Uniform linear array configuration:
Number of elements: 48
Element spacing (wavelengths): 1
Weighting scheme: kaiser
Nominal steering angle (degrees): -15
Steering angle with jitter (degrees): -14.411
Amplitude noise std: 0.05
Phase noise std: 0.05

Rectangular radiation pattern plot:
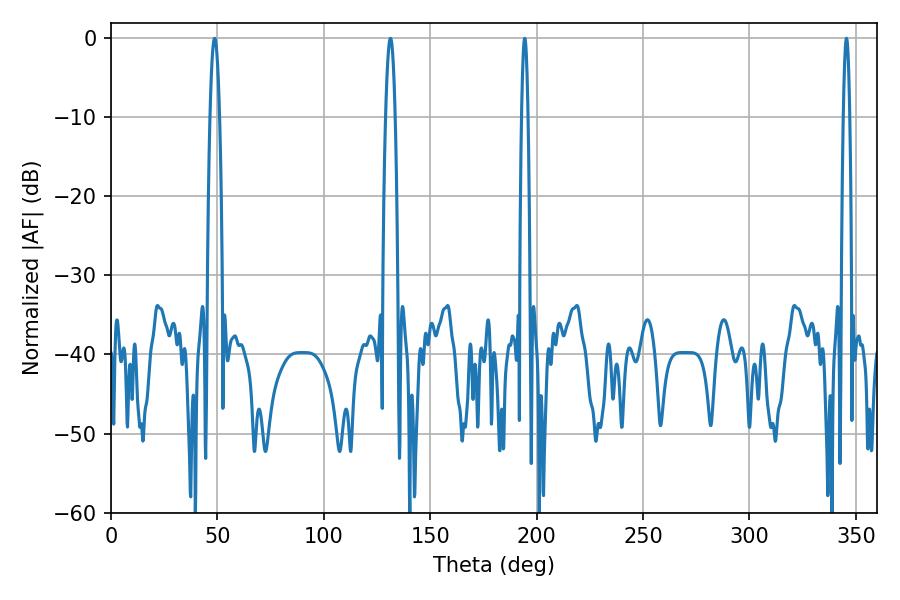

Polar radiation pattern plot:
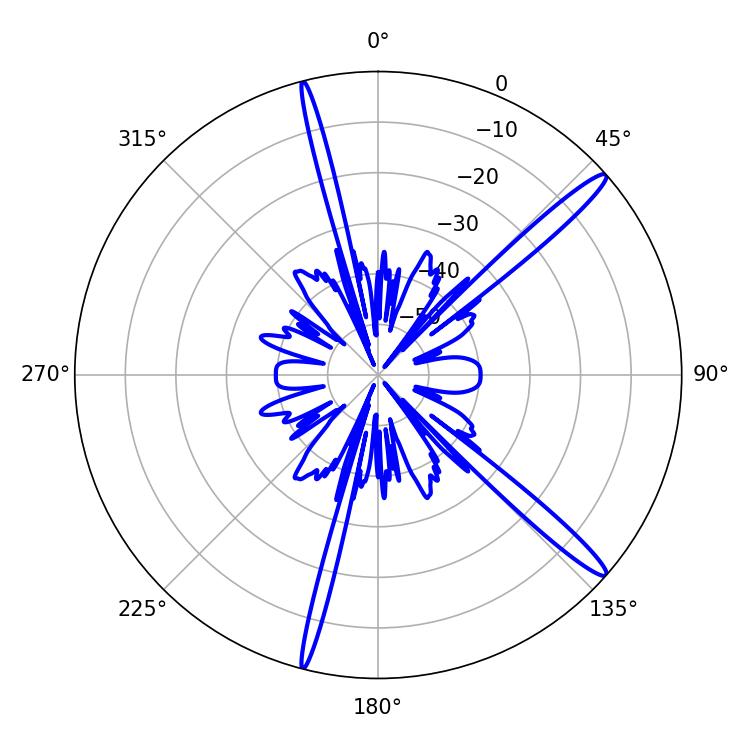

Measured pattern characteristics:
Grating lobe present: TRUE
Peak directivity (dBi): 15.63
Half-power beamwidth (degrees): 1.44
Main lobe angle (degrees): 194.4